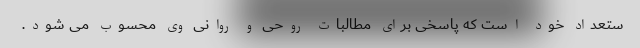
ستعداد خود است که پاسخی برای مطالبات روحی و روانی وی محسوب می شود.